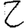
Digit: 2